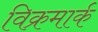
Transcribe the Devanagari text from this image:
विक्रमार्क